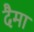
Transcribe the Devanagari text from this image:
दैमा